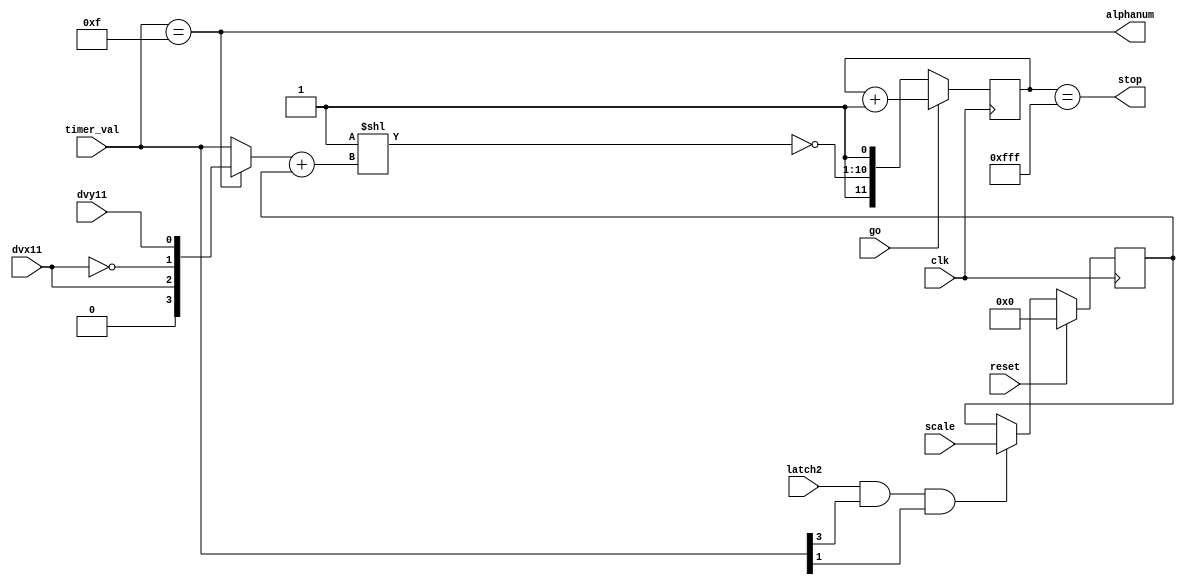
module vec_timer (
  timer_val,
  dvx11,
  dvy11,
  scale,
  latch2,
  go,
  stop,
  alphanum,
  clk,
  reset
);

input [3:0] timer_val;
input [3:0] scale;
input dvx11,dvy11;
input latch2, go, clk, reset;
output stop, alphanum;

reg [11:0] count;
reg [3:0] scale_reg;
wire alphanum;
wire [11:0] count_in;
wire [3:0] mux_out;
wire [3:0] timer_sum;
wire [9:0] decoder_out;

assign alphanum = ( timer_val == 4'hf );
assign mux_out = alphanum ? { 1'h0, dvx11, ~dvx11, dvy11 } : timer_val;
assign timer_sum = mux_out + scale_reg;
assign decoder_out = ~(10'h1 << timer_sum );
assign count_in = { 1'b1, decoder_out, 1'b1 };
assign stop = ( count == 12'hFFF );

always @(posedge clk)
begin
  if( !go )
    count <= count_in;
  else
    count <= count + 1;
end

always @(posedge clk)
begin
  if( reset )
    scale_reg <= 0;
  else
    if( latch2 && timer_val[3] && timer_val[1] )
      scale_reg <= scale;
end

endmodule